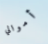
أموالي